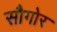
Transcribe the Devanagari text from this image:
सौगोर